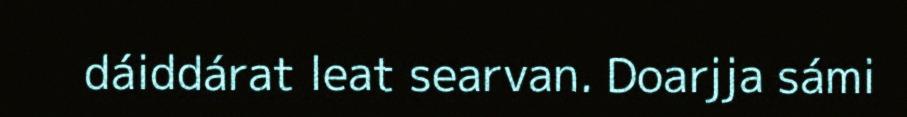
dáiddárat leat searvan. Doarjja sámi